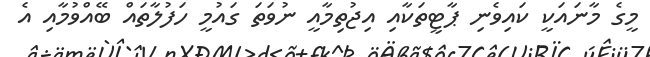
މީގެ މާނައަކީ ކައިވެނި ޕާޓީތަކާއި އިޖުތިމާއީ ނުވަތަ ގައުމީ ހަފުލާތައް ބޭއްވުމާއި އެ